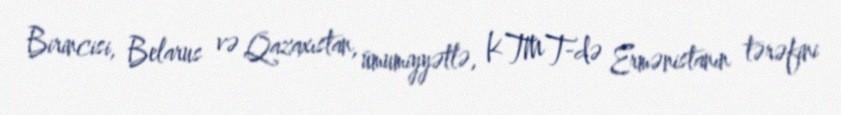
Birincisi, Belarus və Qazaxıstan, ümumiyyətlə, KTMT-də Ermənistanın tərəfini